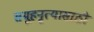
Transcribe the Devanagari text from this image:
समूहनृत्यासाठी